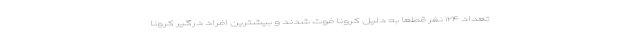
تعداد ۱۲۴ نفر قطعا به دلیل کرونا فوت شدند و بیشترین افراد درگیر کرونا